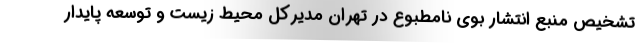
تشخیص منبع انتشار بوی نامطبوع در تهران مدیرکل محیط زیست و توسعه پایدار